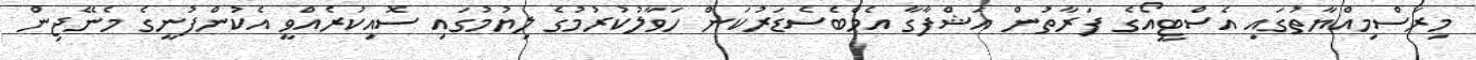
މިރަސްމިއްޔާތުގައި އެސްޓީއޯގެ ފަރާތުން އަޝްފާގާ އެމްބެސެޑަރުކަން ހަވާލުކުރުމުގެ ލިޔުމުގައި ސޮއިކުރެއްވީ އެކުންފުނީގެ މެނޭޖިން